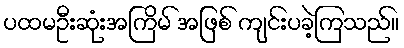
ပထမဦးဆုံးအကြိမ် အဖြစ် ကျင်းပခဲ့ကြသည်။